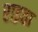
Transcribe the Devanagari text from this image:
राइता